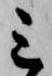
三